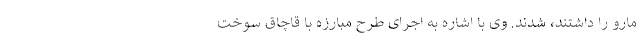
مارو را داشتند، شدند. وی با اشاره به اجرای طرح مبارزه با قاچاق سوخت